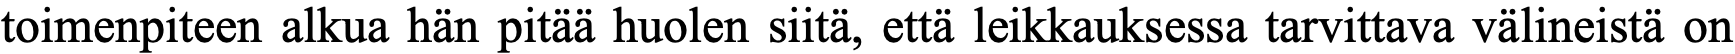
toimenpiteen alkua hän pitää huolen siitä, että leikkauksessa tarvittava välineistä on